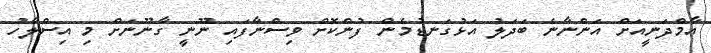
އާމްދަނީއަށް އަންނާނެ ބަދަލު އަޅުގަނޑުމެން ފުންކޮށް ވިސްނާފައި ނޫނީ ގާނޫނަށް މި އިސްލާހު